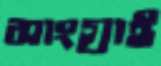
সাংগ্রাই